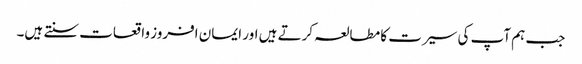
جب ہم آپ کی سیرت کا مطالعہ کرتے ہیں اور ایمان افروز واقعات سنتے ہیں۔